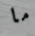
ما